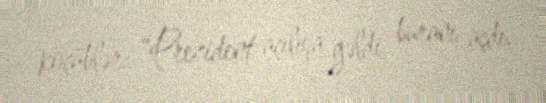
köçüblər: “Prezident açılışa gəldi, buranı açdı.